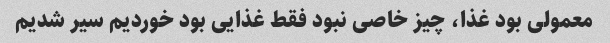
معمولی بود غذا، چیز خاصی نبود فقط غذایی بود خوردیم سیر شدیم